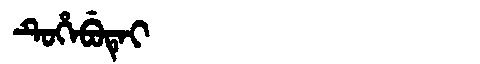
Manchu: ᡨᡠᡥᡝᠪᡠᡨᡝᡳ
Romanization: TUHEBUTEI